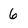
Character: 6